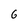
Character: 6